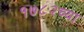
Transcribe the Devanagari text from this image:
१७८२च्या